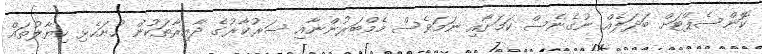
ކޮންސެޕްޓަށް ބަދަލެއް ނުގެނެސް ކަމަށާއި ނަމަވެސް މެމްބަރުންނާއި ސަރުކާރުގެ ދާއިރާތަކުން ހުށަހެޅި ހިޔާލުތައް